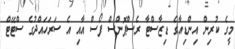
މީގެ ކުރިން އިންޑިއާގެ ޑިޒާސްޓާ ރެސްޕޮންސް ފޯސް އާއި އެ ސަރަހައްދުގެ ސްޓޭޓް